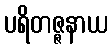
ပရိတဇ္ဇနာယ